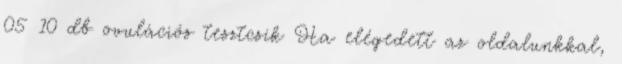
05 10 db ovulációs tesztcsík Ha elégedett az oldalunkkal,